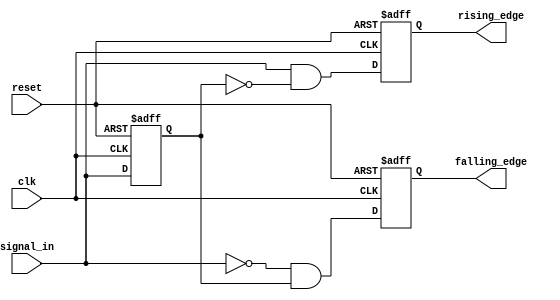
module edge_detector (
    input wire clk,             // Clock signal
    input wire reset,           // Asynchronous reset signal
    input wire signal_in,       // Input signal to monitor
    output reg rising_edge,     // Output signal for rising edge detection
    output reg falling_edge     // Output signal for falling edge detection
);

    // Previous state register
    reg prev_state;

    // Initial block for reset
    initial begin
        prev_state = 1'b0;      // Initialize previous state to low
        rising_edge = 1'b0;     // Initialize rising edge output to low
        falling_edge = 1'b0;    // Initialize falling edge output to low
    end

    // Edge detection logic
    always @(posedge clk or posedge reset) begin
        if (reset) begin
            prev_state <= 1'b0;  // Reset previous state to low
            rising_edge <= 1'b0;  // Reset rising edge output
            falling_edge <= 1'b0; // Reset falling edge output
        end else begin
            // Edge detection logic
            rising_edge <= (signal_in && !prev_state);  // Rising edge detected
            falling_edge <= (!signal_in && prev_state); // Falling edge detected
            
            // Update previous state
            prev_state <= signal_in;
        end
    end

endmodule